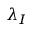
\lambda _ { I }